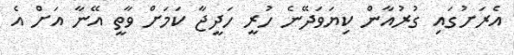
އެރަށުގައި ގުރުއާން ކިޔަވަދޭނެ ހުރީ ހަދީޖާ ކަމަށް ވާތީ އޭނާ އަށް އެ